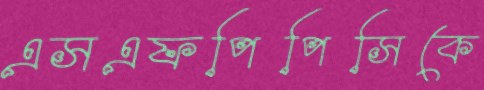
এসএফপিপিসিকে